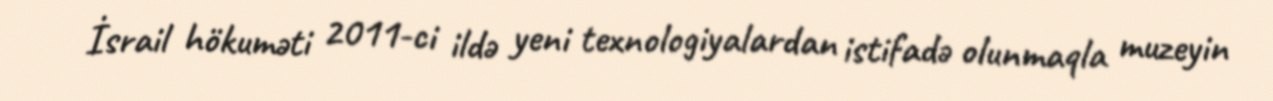
İsrail hökuməti 2011-ci ildə yeni texnologiyalardan istifadə olunmaqla muzeyin